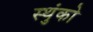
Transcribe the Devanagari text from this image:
स्थुंको